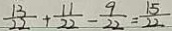
\frac { 1 3 } { 2 2 } + \frac { 1 1 } { 2 2 } - \frac { 9 } { 2 2 } = \frac { 1 5 } { 2 2 }